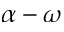
\alpha - \omega